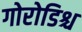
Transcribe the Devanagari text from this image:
गोरोडिश्च